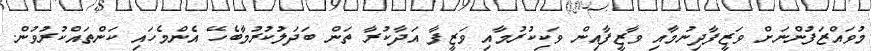
މުވައްޒަފުންނަށް ވަޒީފާދިނުމާއި ވާޒީފާއިން ވަކިކުރުމާއި ވަޒީފާ އަދާކުރާ ތަން ބަދަލުކުރުމާބެހޭ އެންމެހައި ކަންތައްކުރުވުން.